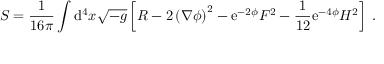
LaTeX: S = \frac { 1 } { 1 6 \pi } \int \mathrm { d } ^ { 4 } x \sqrt { - g } \left[ R - 2 \left( \nabla \phi \right) ^ { 2 } - \mathrm { e } ^ { - 2 \phi } F ^ { 2 } - \frac { 1 } { 1 2 } \mathrm { e } ^ { - 4 \phi } H ^ { 2 } \right] \; .